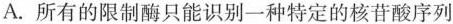
A. 所有的限制酶只能识别一种特定的核苷酸序列